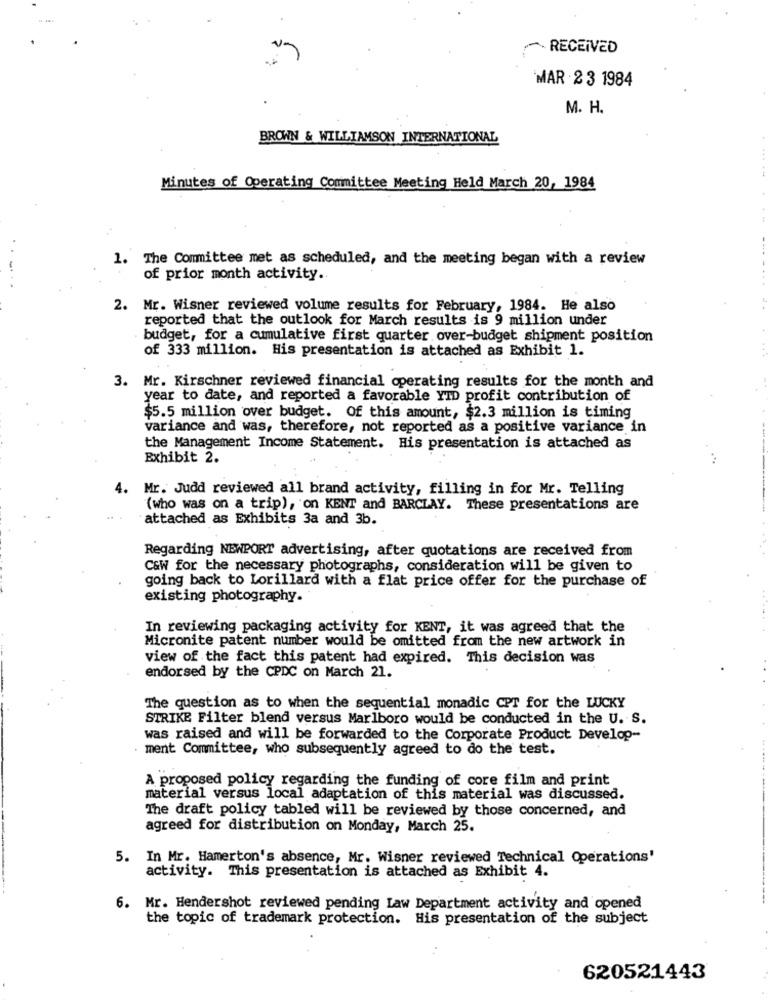
RECEIVED
MAR 23 1984
M. H.
BROWN & WILLIAMSON INTERNATIONAL
Minutes of Operating Committee Meeting Held March 20, 1984
1. The Committee met as scheduled, and the meeting began with a review
of prior month activity.
2. Mr. Wisner reviewed volume results for February, 1984. He also
reported that the outlook for March results is 9 million under
budget, for a cumulative first quarter over-budget shipment position
of 333 million. His presentation is attached as Exhibit 1.
3. Mr. Kirschner reviewed financial operating results for the month and
year to date, and reported a favorable YTD profit contribution of
$5.5 million over budget. Of this amount, $2.3 million is timing
variance and was, therefore, not reported as a positive variance in
the Management Income Statement. His presentation is attached as
Exhibit 2.
4. Mr. Judd reviewed all brand activity, filling in for Mr. Telling
(who was on a trip), on KENT and BARCLAY. These presentations are
attached as Exhibits 3a and 3b.
Regarding NEWPORT advertising, after quotations are received from
C&W for the necessary photographs, consideration will be given to
going back to Lorillard with a flat price offer for the purchase of
existing photography.
In reviewing packaging activity for KENT, it was agreed that the
Micronite patent number would be omitted from the new artwork in
view of the fact this patent had expired. This decision was
endorsed by the CPDC on March 21.
The question as to when the sequential monadic CPT for the LUCKY
STRIKE Filter blend versus Marlboro would be conducted in the U. S.
was raised and will be forwarded to the Corporate Product Develop-
ment Committee, who subsequently agreed to do the test.
A proposed policy regarding the funding of core film and print
material versus local adaptation of this material was discussed.
The draft policy tabled will be reviewed by those concerned, and
agreed for distribution on Monday, March 25.
5. In Mr. Hamerton's absence, Mr. Wisner reviewed Technical Operations'
activity. This presentation is attached as Exhibit 4.
6. Mr. Hendershot reviewed pending Law Department activity and opened
the topic of trademark protection. His presentation of the subject
620521443